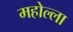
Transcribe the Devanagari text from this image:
महोल्ला